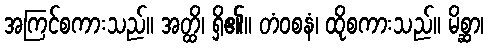
အကြင်စကားသည်။ အတ္ထိ၊ ရှိ၏။ တံဝစနံ၊ ထိုစကားသည်။ မိစ္ဆာ၊